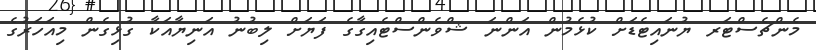
މެންޗެސްޓަރ ޔުނައިޓެޑަށް ކުޅެމުން އަންނަ ޝްވެންސްޓެއިގާގެ ފަޔަށް ލިބުނު އަނިޔާއަކާ ގުޅިގެން މިއަހަރުގެ